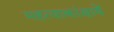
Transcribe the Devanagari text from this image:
महत्वाकांक्षायें